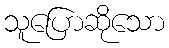
သူပြောဆိုသော